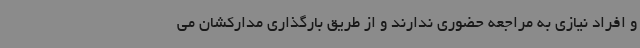
و افراد نیازی به مراجعه حضوری ندارند و از طریق بارگذاری مدارکشان می